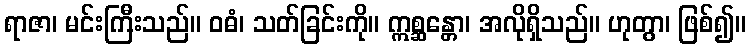
ရာဇာ၊ မင်းကြီးသည်။ ဝဓံ၊ သတ်ခြင်းကို။ ဣစ္ဆန္တော၊ အလိုရှိသည်။ ဟုတွာ၊ ဖြစ်၍။